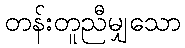
တန်းတူညီမျှသော